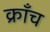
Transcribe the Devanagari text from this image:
क्राँच